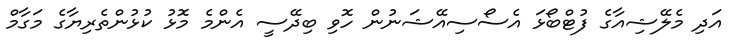
އަދި މެލޭޝިއާގެ ފުޓްބޯޅަ އެސޯސިއޭޝަނުން ހޮވި ބިދޭސީ އެންމެ މޮޅު ކުޅުންތެރިޔާގެ މަގާމް